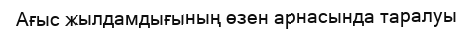
Ағыс жылдамдығының өзен арнасында таралуы